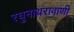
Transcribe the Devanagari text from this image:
रघुनाथरावाणी